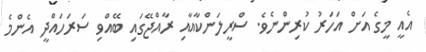
އެއީ މީގެ އަށް އަހަރު ކުރިންނެވެ. ސްރީލަންކާއާއި ރާއްޖޭގައި ބޭއްވި ސަރަހައްދީ އެންމެ